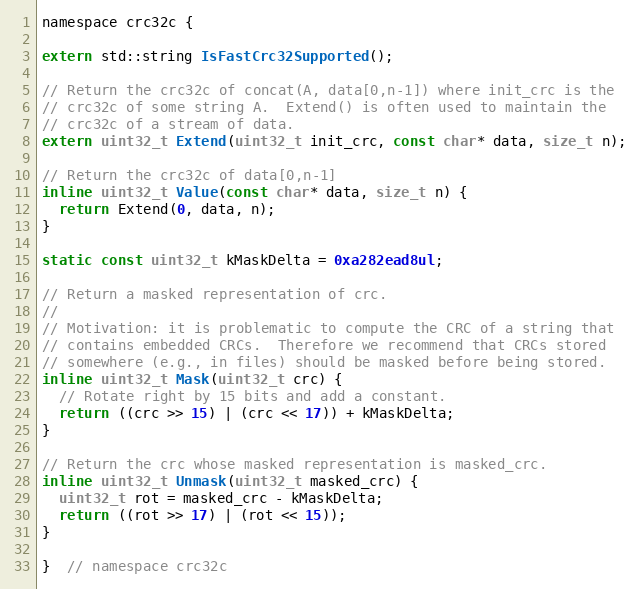
Language: C
namespace crc32c {

extern std::string IsFastCrc32Supported();

// Return the crc32c of concat(A, data[0,n-1]) where init_crc is the
// crc32c of some string A.  Extend() is often used to maintain the
// crc32c of a stream of data.
extern uint32_t Extend(uint32_t init_crc, const char* data, size_t n);

// Return the crc32c of data[0,n-1]
inline uint32_t Value(const char* data, size_t n) {
  return Extend(0, data, n);
}

static const uint32_t kMaskDelta = 0xa282ead8ul;

// Return a masked representation of crc.
//
// Motivation: it is problematic to compute the CRC of a string that
// contains embedded CRCs.  Therefore we recommend that CRCs stored
// somewhere (e.g., in files) should be masked before being stored.
inline uint32_t Mask(uint32_t crc) {
  // Rotate right by 15 bits and add a constant.
  return ((crc >> 15) | (crc << 17)) + kMaskDelta;
}

// Return the crc whose masked representation is masked_crc.
inline uint32_t Unmask(uint32_t masked_crc) {
  uint32_t rot = masked_crc - kMaskDelta;
  return ((rot >> 17) | (rot << 15));
}

}  // namespace crc32c